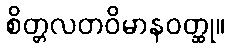
စိတ္တလတဝိမာနဝတ္ထု။